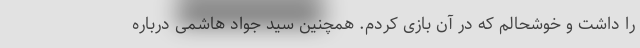
را داشت و خوشحالم که در آن بازی کردم. همچنین سید جواد هاشمی درباره